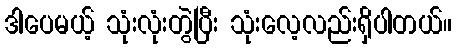
ဒါပေမယ့် သုံးလုံးတွဲပြီး သုံးလေ့လည်းရှိပါတယ်။